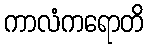
ကာလံကရောတိ